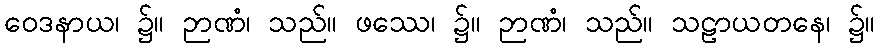
ဝေဒနာယ၊ ၌။ ဉာဏံ၊ သည်။ ဖဿေ၊ ၌။ ဉာဏံ၊ သည်။ သဠာယတနေ၊ ၌။